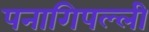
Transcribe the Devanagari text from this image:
पनागिपल्ली